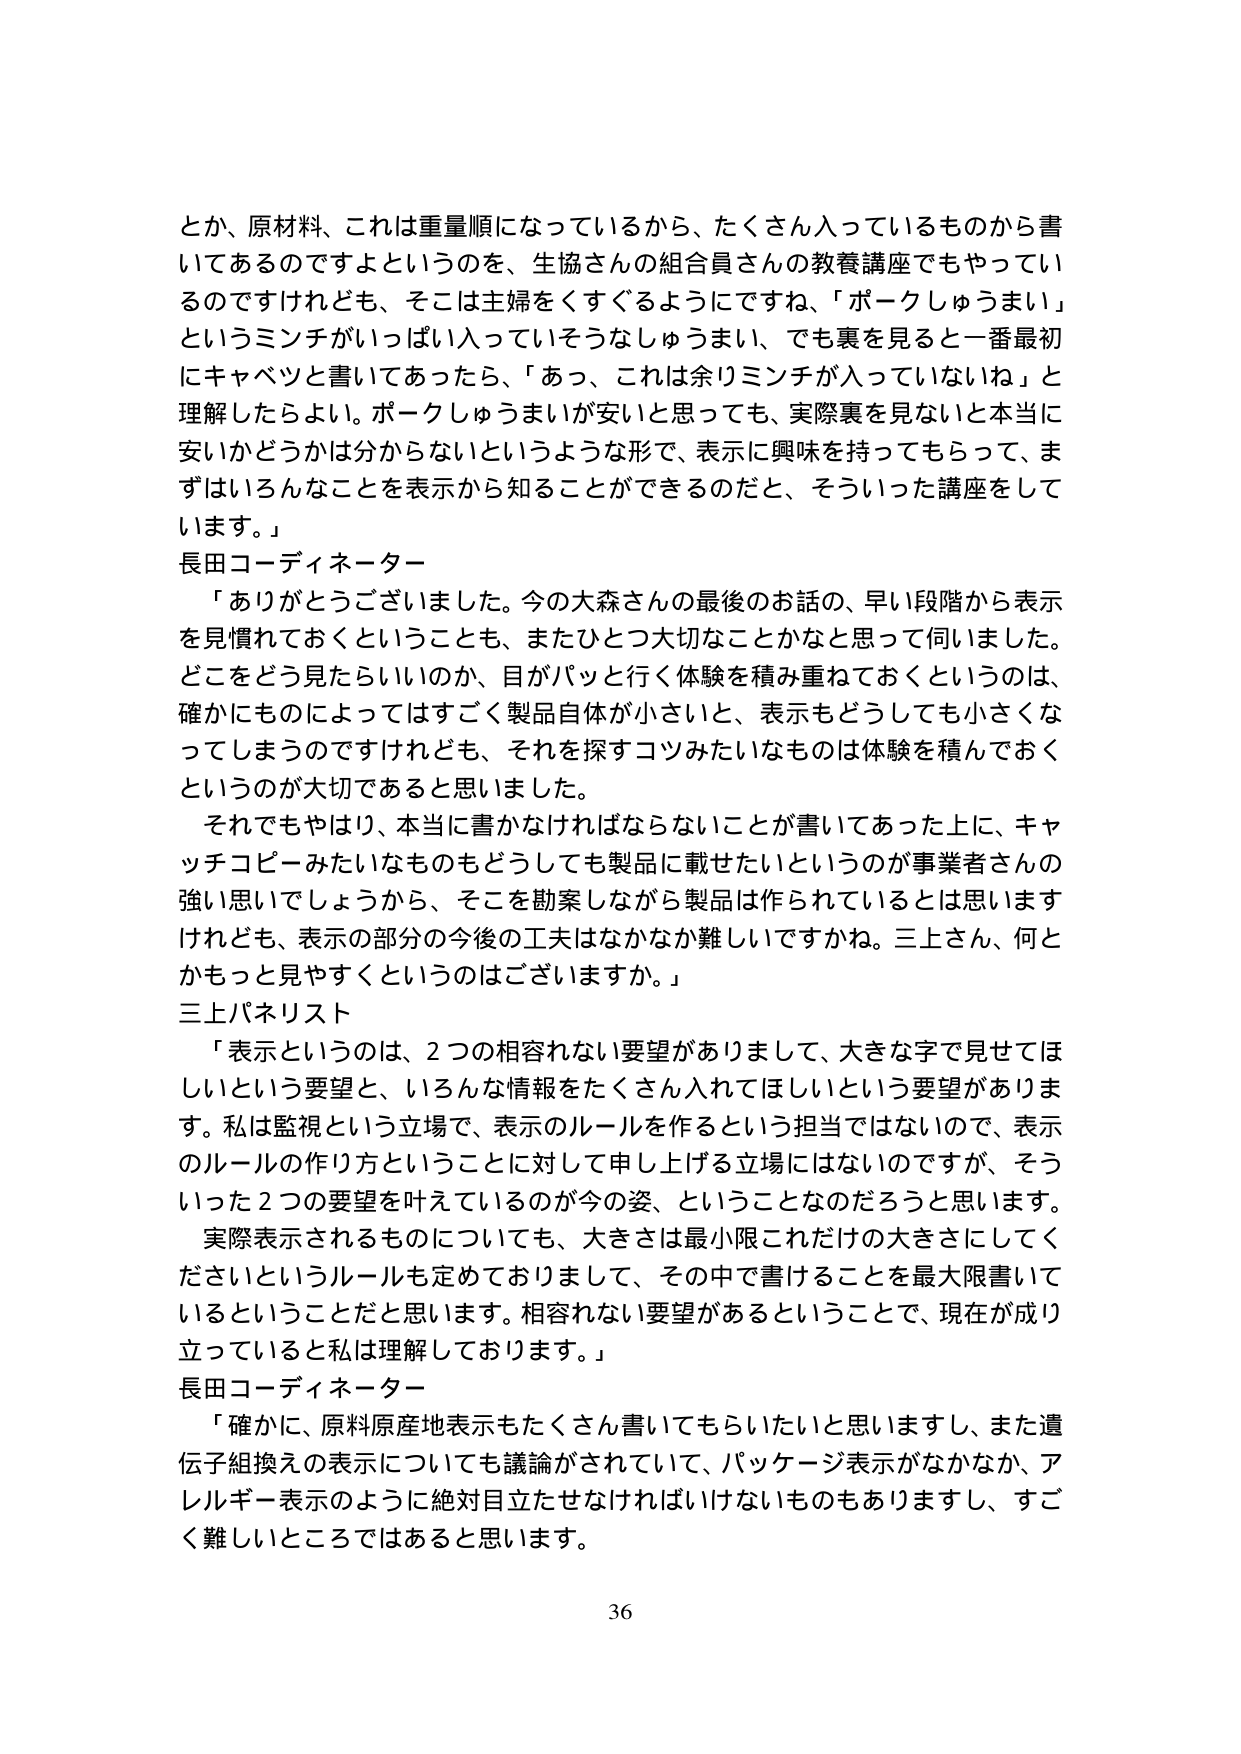
とか、原材料、これは重量順になっているから、たくさん入っているものから書いてあるのですよというのを、生協さんの組合員さんの教養講座でもやっているのですけれども、そこは主婦をくすぐるようにですね、「パークしゅうまい」というミンチがいっぱい入っていそうなしゅうまい、でも裏を見ると一番最初にキャベツと書いてあったら、「あっ、これは余りミンチが入っていないね」と理解したらよい。パークしゅうまいが安いと思っても、実際裏を見ないと本当に安いかどうかは分からないというような形で、表示に興味を持ってもらって、まずはいろんなことを表示から知ることができるのだと、そういった講座をしています。」

長田コーディネーター

「ありがとうございました。今の大森さんの最後のお話の、早い段階から表示を見慣れておくということも、またひとつ大切なことかなと思って伺いました。どこをどう見たらいいのか、目がパッと行く体験を積み重ねておくというのは、確かにものによってはすごく製品自体が小さいと、表示もどうしても小さくなってしまうのですけれども、それを探すコツみたいなものは体験を積んでおくというのが大切であると思いました。

それでもやはり、本当に書かなければならないことが書いてあった上に、キャッチコピーみたいなものもどうしても製品に載せたいというのが事業者さんの強い思いでしょうから、そこを勘案しながら製品は作られているとは思いますけれども、表示の部分の今後の工夫はなかなか難しいですかね。三上さん、何とかもっと見やすくというのはございますか。」

三上パネリスト

「表示というのは、2つの相容れない要望がありまして、大きな字で見せてほしいという要望と、いろんな情報をたくさん入れてほしいという要望があります。私は監視という立場で、表示のルールを作るという担当ではないので、表示のルールの作り方ということに対して申し上げる立場にはないのですが、そういった2つの要望を叶えているのが今の姿、ということなのだろうと思います。

実際表示されるものについても、大きさは最小限これだけの大きさにしてくださいというルールも定めておりまして、その中で書けることを最大限書いていいるということだと思います。相容れない要望があるということで、現在が成り立っていると私は理解しております。」

長田コーディネーター

「確かに、原料原産地表示もたくさん書いてもらいたいと思いますし、また遺伝子組換えの表示についても議論がされていて、パッケージ表示がなかなか、アレルギー表示のように絶対目立たせなければならないものもありますし、すごく難しいところではあると思います。

36